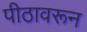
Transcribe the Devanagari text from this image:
पीठावरून